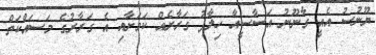
ޔޫނުސު އެއީ ގާނޫނު އަސާސީއާ ހިލާފު ގަރާރެއް ކަމަށާއި އެ ގަރާރުގެ މަސައްކަތް